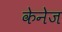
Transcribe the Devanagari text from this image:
केनेज